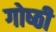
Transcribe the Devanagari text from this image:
गोष्‍ठी